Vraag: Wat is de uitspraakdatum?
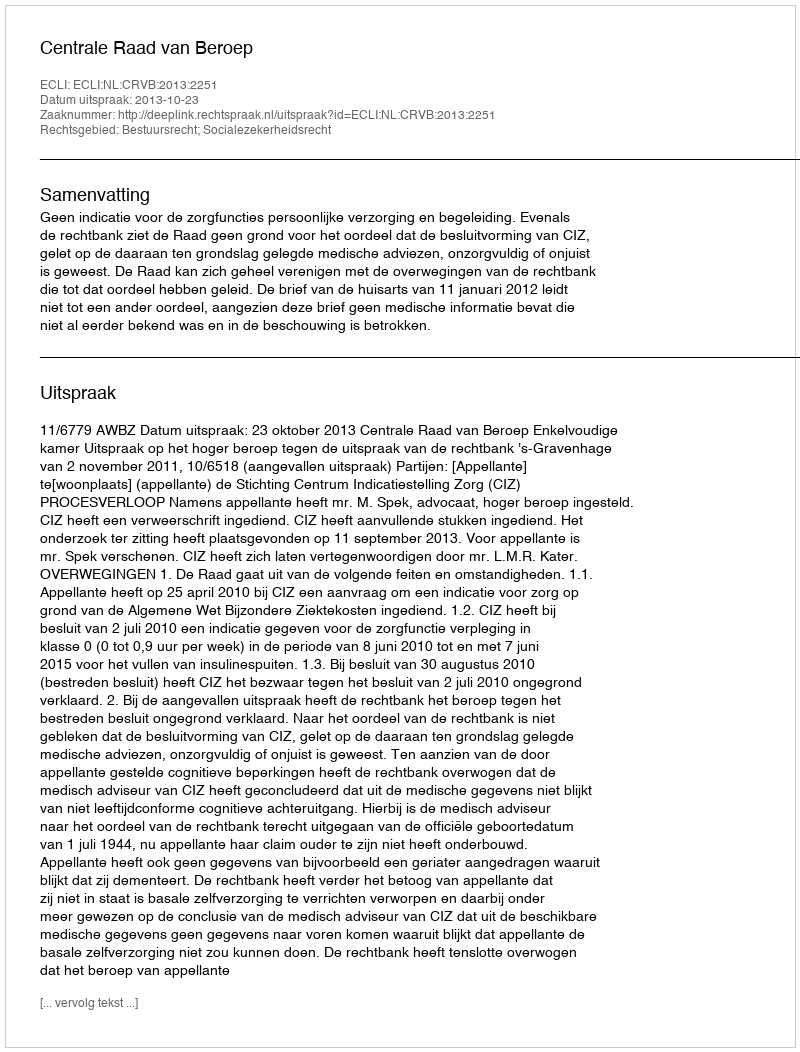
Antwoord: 2013-10-23